King Institute of Preventive Medicine Micro-Biological Section reports 1912-19
Year: 1912
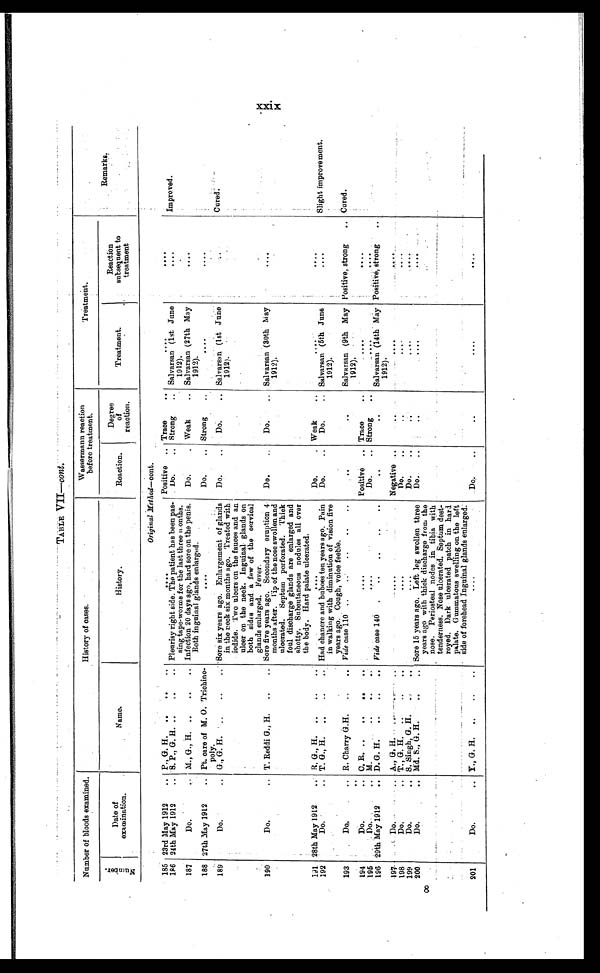
TABLE VII—cont.
Number of bloods examined.
History of cases.
Wassermann reaction
treatment.
Treatment.
N u m b e r .
Date of
examination.
Name.
History .
Reaction.
Degree
reaction.
Treatment.
Reaction
subsequent to
treatment
Remarks.
Original Method—cont.
185 23rd May 1912
. . . P. G. H.
. . .
. . .
Positive . . . Trace . . .
. . .
. . .
Improved.
186 24th May 1912. . .
S . P . , G . H . . . .
Pleurisy right side. The patient has been pas-
sing tape-worms for the last three months.
Do. . . . Strong . . . Salvarsan (1st June
1912).
. . .
187
D o . . . .
M., G., H. . . .
Infection 20 days ago, hard sore on the penis.
Both inguinal glands enlarged.
D o . . . . Weak . . . Salvarsan (27th May
1912).
. . .
188 27th May 1912 . . . Pt. care of M.O. Trichino-
poly.
. . .
Do. . . . Strong. . .
. . .
. . .
Cured.
189
Do. . . . G., G. H. . . .
Sore six years ago. Enlargement of glands
in the neck six months ago. Treated with
iodide. Two ulcers on the fauces and an
ulcer on the neck. Inguinal glands on
both sides and a few of the cervical
glands enlarged. Fever.
Do. . . .
Do. . . . Salvarsan (1st June
1912).
. . .
190
Do. . . . T. Reddi G., H. . . .
Sore five years ago. Secondary eruption 4
months after. Lip of the nose swollen and
ulcerated. Septum perforated. Thick
foul discharge glands are enlarged and
shotty. Subcutaneous nodules all over
the body. Hard palate ulcerated.
Do. . . .
Do. . . . Salvarsan (30th May
1912).
. . .
1 9 1
28th May 1912 . . . R . G.,H. . . .
. . .
Do. . . . Weak . . .
. . .
. . .
Slight improvement.
192
Do. . . . T. G., H.
. . .
Had chancre and buboes ten years ago. Pain
in walking with diminution of vision five
years ago. Cough, voice feeble.
Do. . . .
Do. . . . Salvarsan (5th June
1912).
. . .
Cured.
193
Do. . . . R. Charry G.H. . . .
Vide case 110
. . .
. . .
. . .
Salvarsan (9th May
1912).
Positive, strong . . .
194
D o . . . .
C. R
. . . .
. . . Positive . . . Trace . . .
. . .
. . .
195
Do. . . . M. . . .
. . . Do. . . . Strong . . .
. . .
. . .
.
Salvarsan (14th May
1912).
Positive, strong
. . .
196 29th May 1912 . . . D. G. H. . . .
Vide case 140 . . .
. . .
. . .
197
D o . . . .
A., G.H. . . .
. . . Negative . . .
. . .
. . . . . .
198
Do. . . . T., G. H. . . .
. . .
Do. . . .
. . .
. . .
. . .
199
Do.
. . . S. Singh, G. H. . . .
. . .
Do. . . .
. . .
. . .
. . .
200
Do.
. . . Md. S., G. H. . . .
Sore 15 years ago. Left leg swollen three
years ago with thick discharge from the
nose. Periosteal nodes in tibia with
tenderness. Nose ulcerated. Septum dest-
royed. Dark ulcerated patch in hard
palate. Gummatous swelling on. the left
side of forehead Inguinal glands enlarged.
Do. . . .
. . .
. . .
. . .
201
Do. . . . Y.,G . H.
. . .
. . .
Do. . . .
. . .
. . .
. . .
xxi x